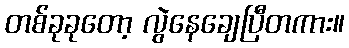
တစ်ခုခုတော့ လွဲနေချေပြီတကား။